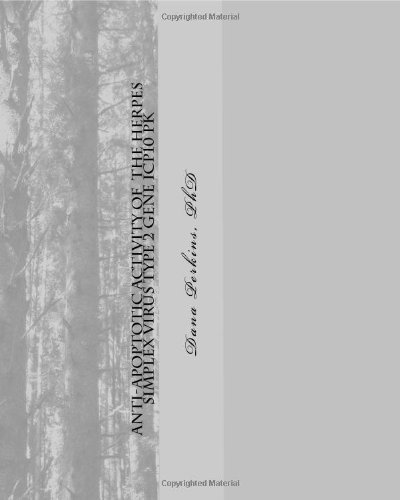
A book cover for Anti-Apoptotic Activity of the Herpes Simplex Virus Type 2 Gene ICP10 PK: Implications for the Therapy of Neurological Disorders That Involve Apoptosis [Paperback] [2009] (Author) Dana Perkins; Health, Fitness & Dieting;